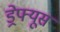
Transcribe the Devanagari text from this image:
ड्रेफ्यूस